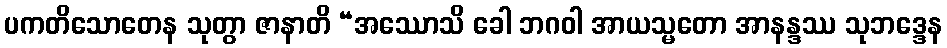
ပကတိသောတေန သုတွာ ဇာနာတိ “အဿောသိ ခေါ ဘဂဝါ အာယသ္မတော အာနန္ဒဿ သုဘဒ္ဒေန